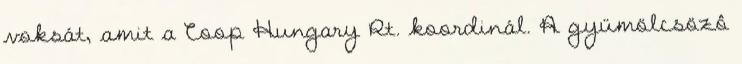
voksát, amit a Coop Hungary Rt. koordinál. A gyümölcsözô